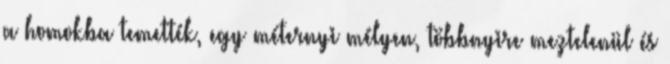
a homokba temették, egy méternyi mélyen, többnyire meztelenül és